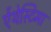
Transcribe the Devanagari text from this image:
ऐंथेस्टिमा